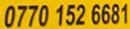
0770 152 6681